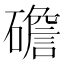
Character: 䃫